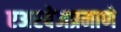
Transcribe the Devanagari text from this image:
एअरवेजप्रमाणे